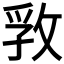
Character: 𰕊